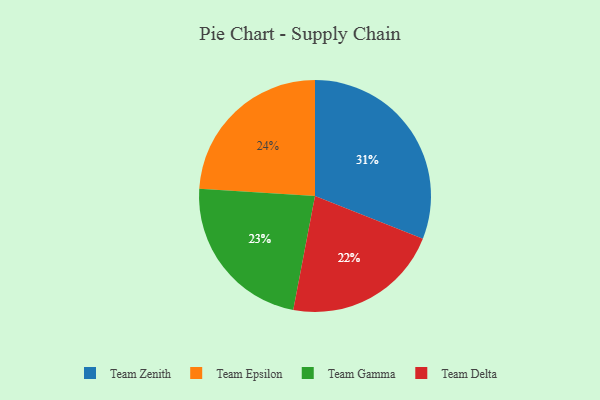
{"axis": {"x": "Category", "y": "Percentage"}, "legend": ["Team Delta", "Team Epsilon", "Team Gamma", "Team Zenith"], "data": [{"x": "Team Delta", "y": 22, "type": "Team Delta"}, {"x": "Team Gamma", "y": 23, "type": "Team Gamma"}, {"x": "Team Zenith", "y": 31, "type": "Team Zenith"}, {"x": "Team Epsilon", "y": 24, "type": "Team Epsilon"}]}